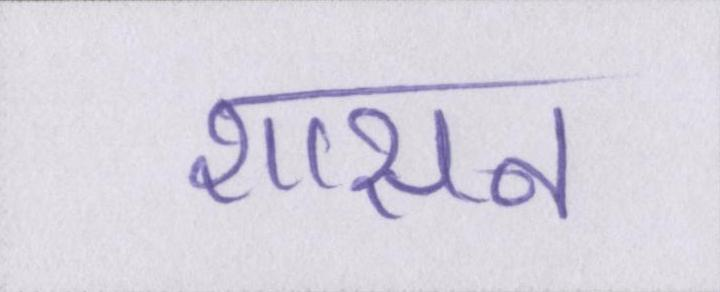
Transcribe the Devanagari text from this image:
शासन